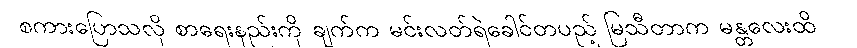
စကားပြောသလို စာရေးနည်းကို ချက်က မင်းလတ်ရဲခေါင်တပည့် မြသီတာက မန္တလေးထိ